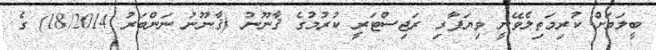
ބީލަމަށް ކުރިމަތިލެވޭނީ ވިޔަފާރި ރަޖިސްޓަރީ ކުރުމުގެ ޤާނޫނު (ޤާނޫނު ނަންބަރު 18/2014) ގެ